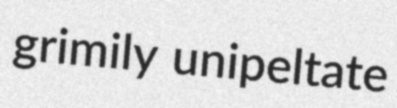
grimily unipeltate